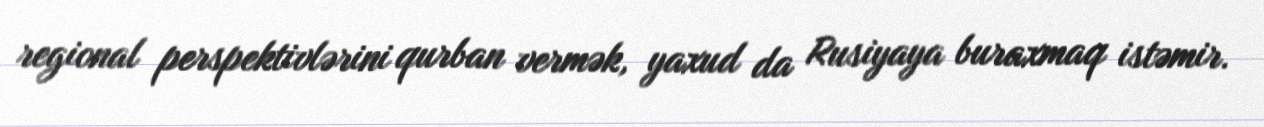
regional perspektivlərini qurban vermək, yaxud da Rusiyaya buraxmaq istəmir.